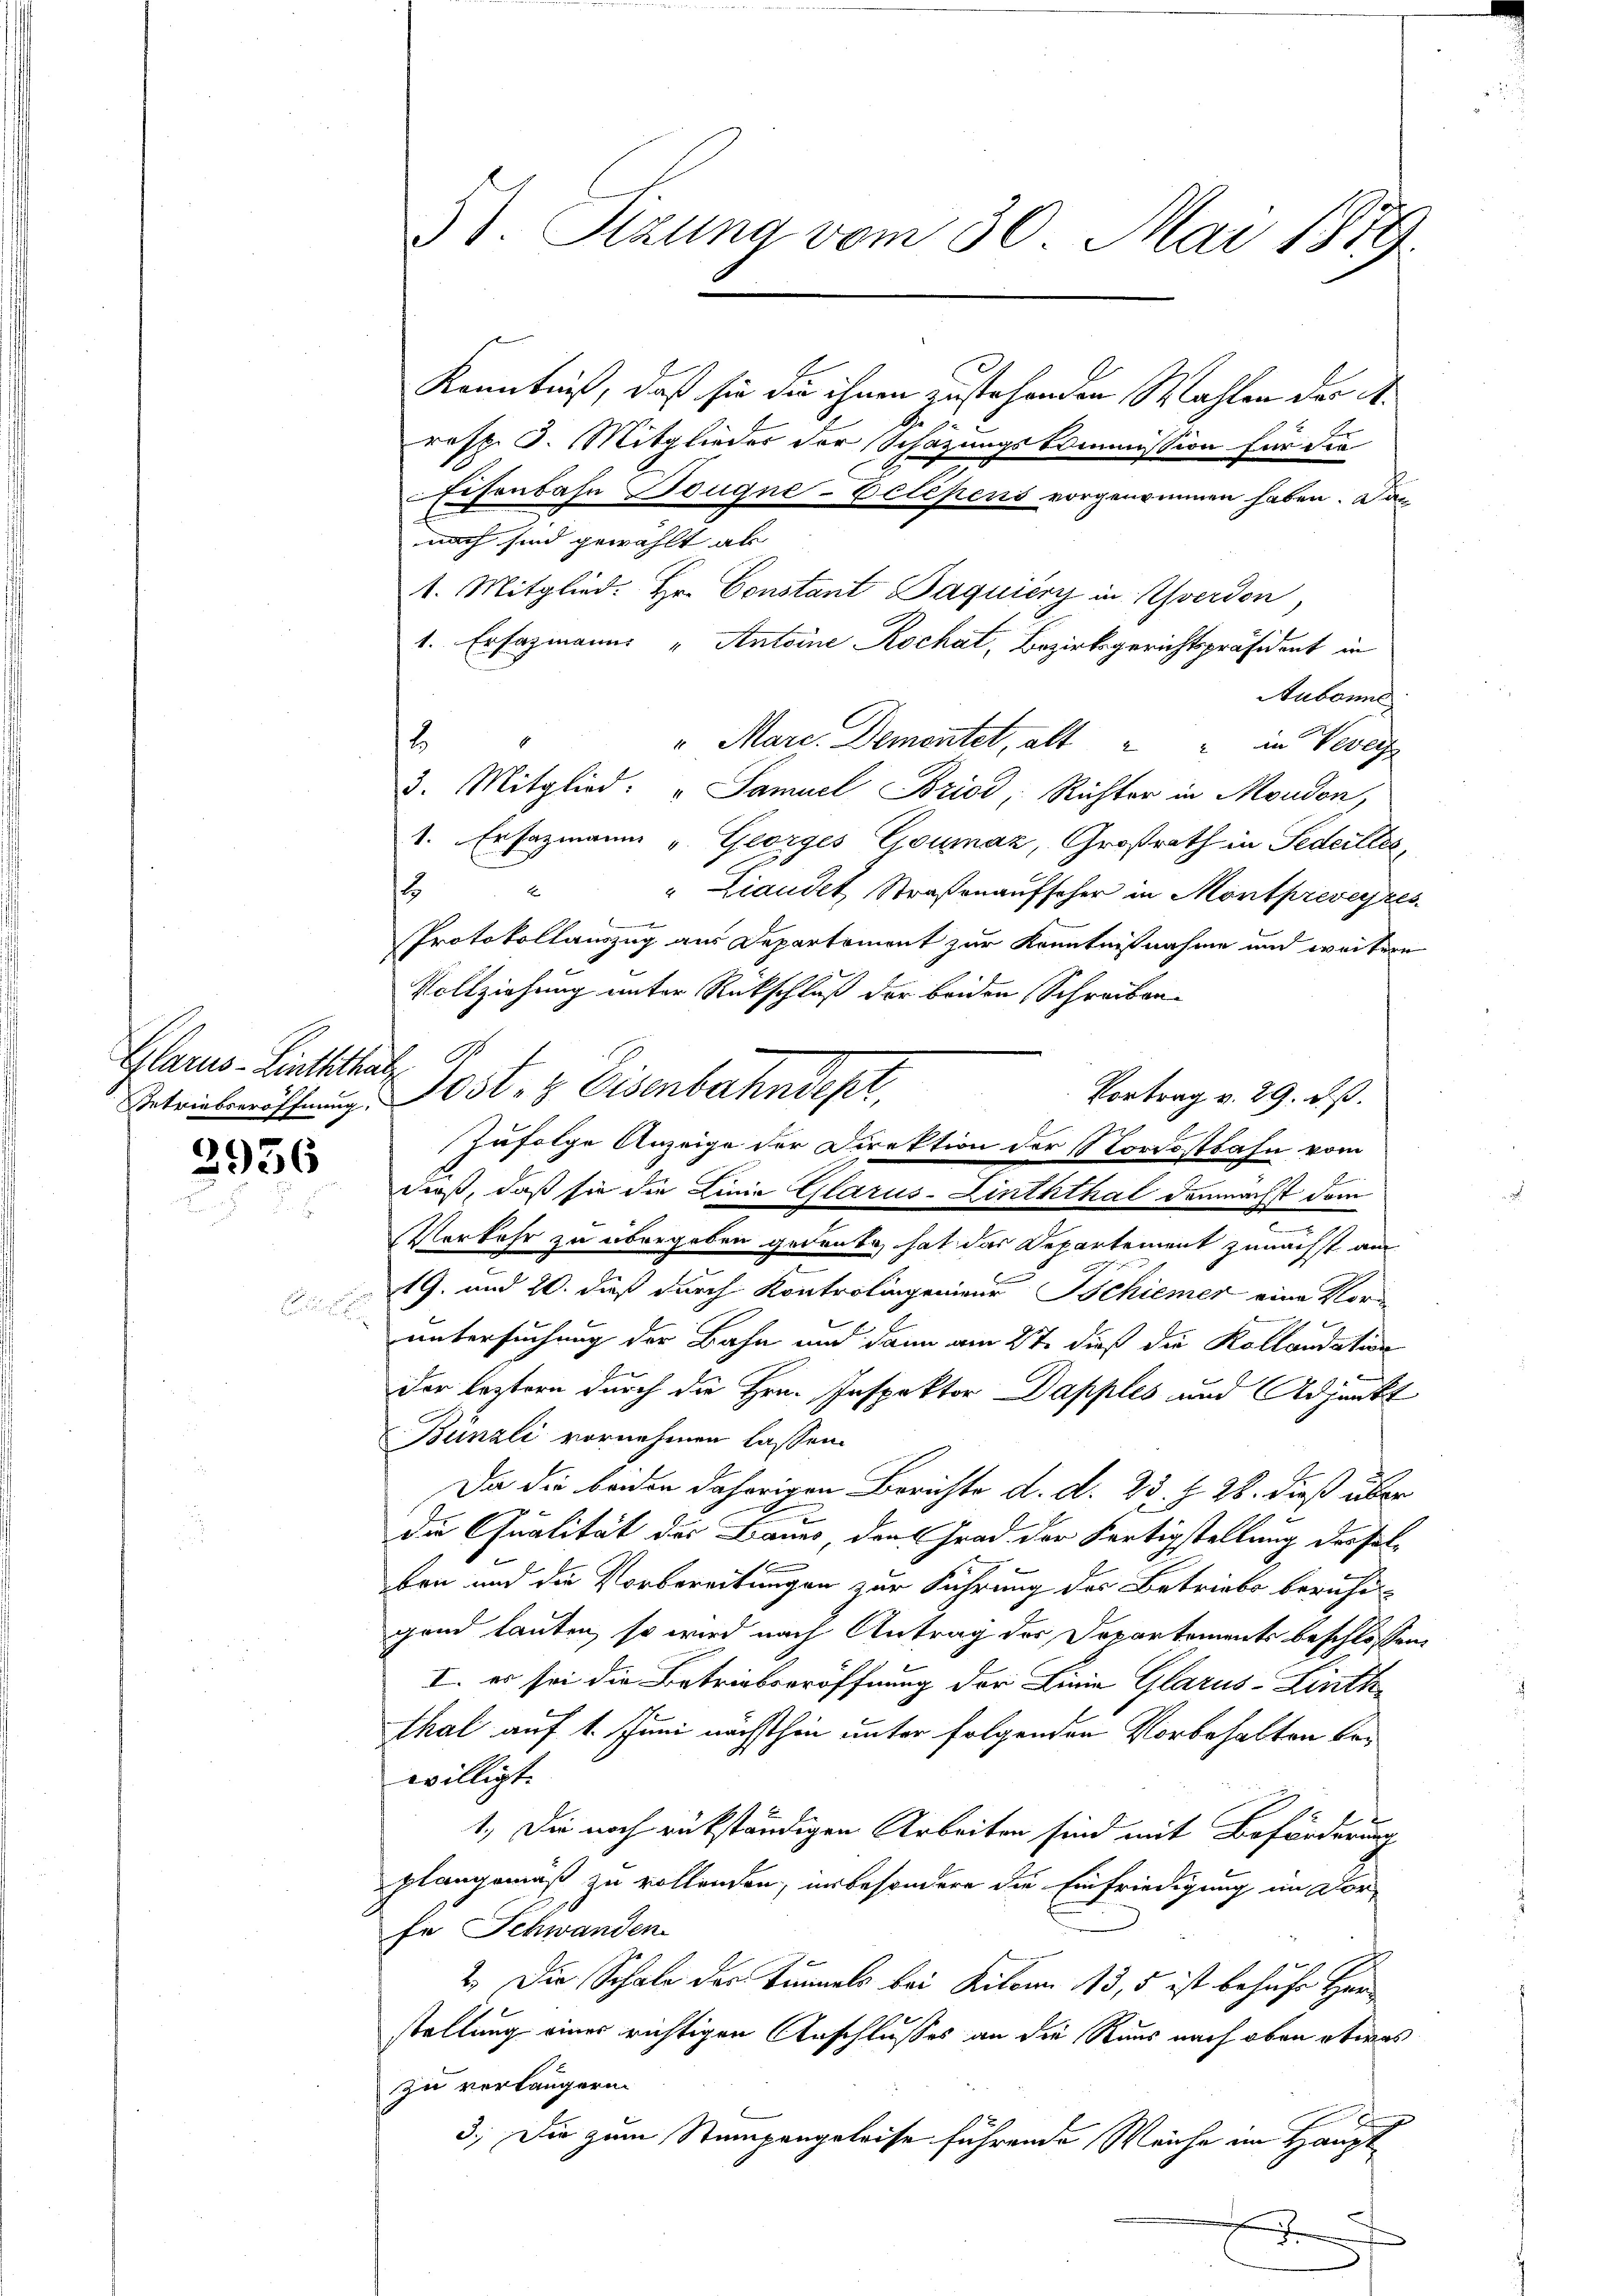
Glarus-Linththal

3956

Kenntniß, daß sie die ihnen zustehenden Wahlen der A.
resp. I. Mitglieder der Schazungskommission für die
Eisenbahn Bougne-Delépens vorgenommen haben. Das
nach sind gewählt als
1. Mitglied. Hr. Constant Daquiery in Yverdon,
1. Er fazmanns „Antoine Kochat, Bezirksgerichtspräsident in
Aubonne
8
" Marc. Dementet, alt " " in Verei
3. Mitglied: " Samuel Briod; Richter in Moudon,
1. Ersazmann u. Georges Goumaz, Großrath in Federlier
14
"Liandet Straßenaufseher in Montpreveyres
Protokollauszug aus Departement zur Kenntnißnahme und weitere
Vollziehung unter Rückschluß der beiden Schreiben
Vortrag v. 29. ds.
Petriebwöffnung. Post- & Eisenbahndept,
f
dieß, daß sie die Linie Glarus-Linththal demnachst dem
Verkehr zu übergeben gedanke, hat das Departement zunächst am
19. und 20. dieß durch Kontrolingenieur Tschiener eine Vor-
untersuchung der Bahn und dann am 27. dieß die Kollaudation
der leztern durch die Hrn. Inspektor Dapples und Adjunkt
Bünzli vornehmen lassen.
Da die beiden daherigen Berichte d. d. 23. §. 28. dieß über
die Qualität des Laues, den Grad der Fertigstellung derselben und die Vorbereitungen zur Führung des Betriebs beruhei-
gend lauten, so wird nach Antrag der Departements beschlossen,
I. es sei die Betriebseröffnung der Linia Glarus-Linth
Thal auf 1. Juni nächsthin unter folgenden Vorbehalten bewilligt.
1.) Die noch rükständigen Arbeiten sind mit Beförderung
plangemäß zu vollenden, in besondere die Einfriedigung im Vorfe Schwanden
2.) Die Schale der Tunnels bei Kilon 113, 5 ist behufe Herr
stellung einer richtigen Anschlusses an die Raus nach oben etwas
zu verlängern.
3.) Die zum Stumpengeleise führende Weiche im Haupt¬
J

51. Sizung vom 30. Mai 1879.

zufolge Anzeige der Direktion der Nordostbahn vom